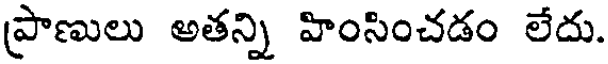
ప్రాణులు అతన్ని హింసించడం లేదు.